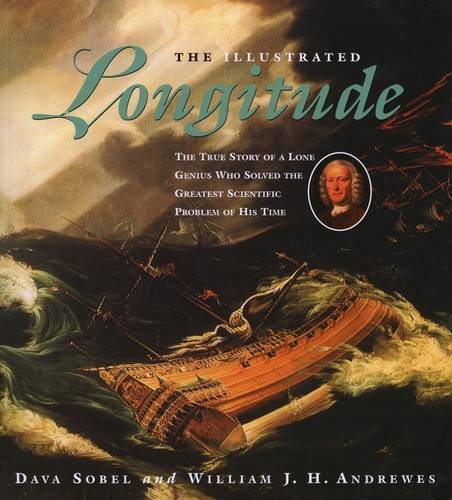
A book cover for The Illustrated Longitude: The True Story of a Lone Genius Who Solved the Greatest Scientific Problem of His Time; Dava Sobel; Science & Math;